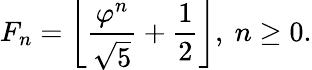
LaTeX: F_{n}=\left\lfloor{\frac{\varphi^{n}}{\sqrt{5}}}+{\frac{1}{2}}\right\rfloor,\ n\geq 0.